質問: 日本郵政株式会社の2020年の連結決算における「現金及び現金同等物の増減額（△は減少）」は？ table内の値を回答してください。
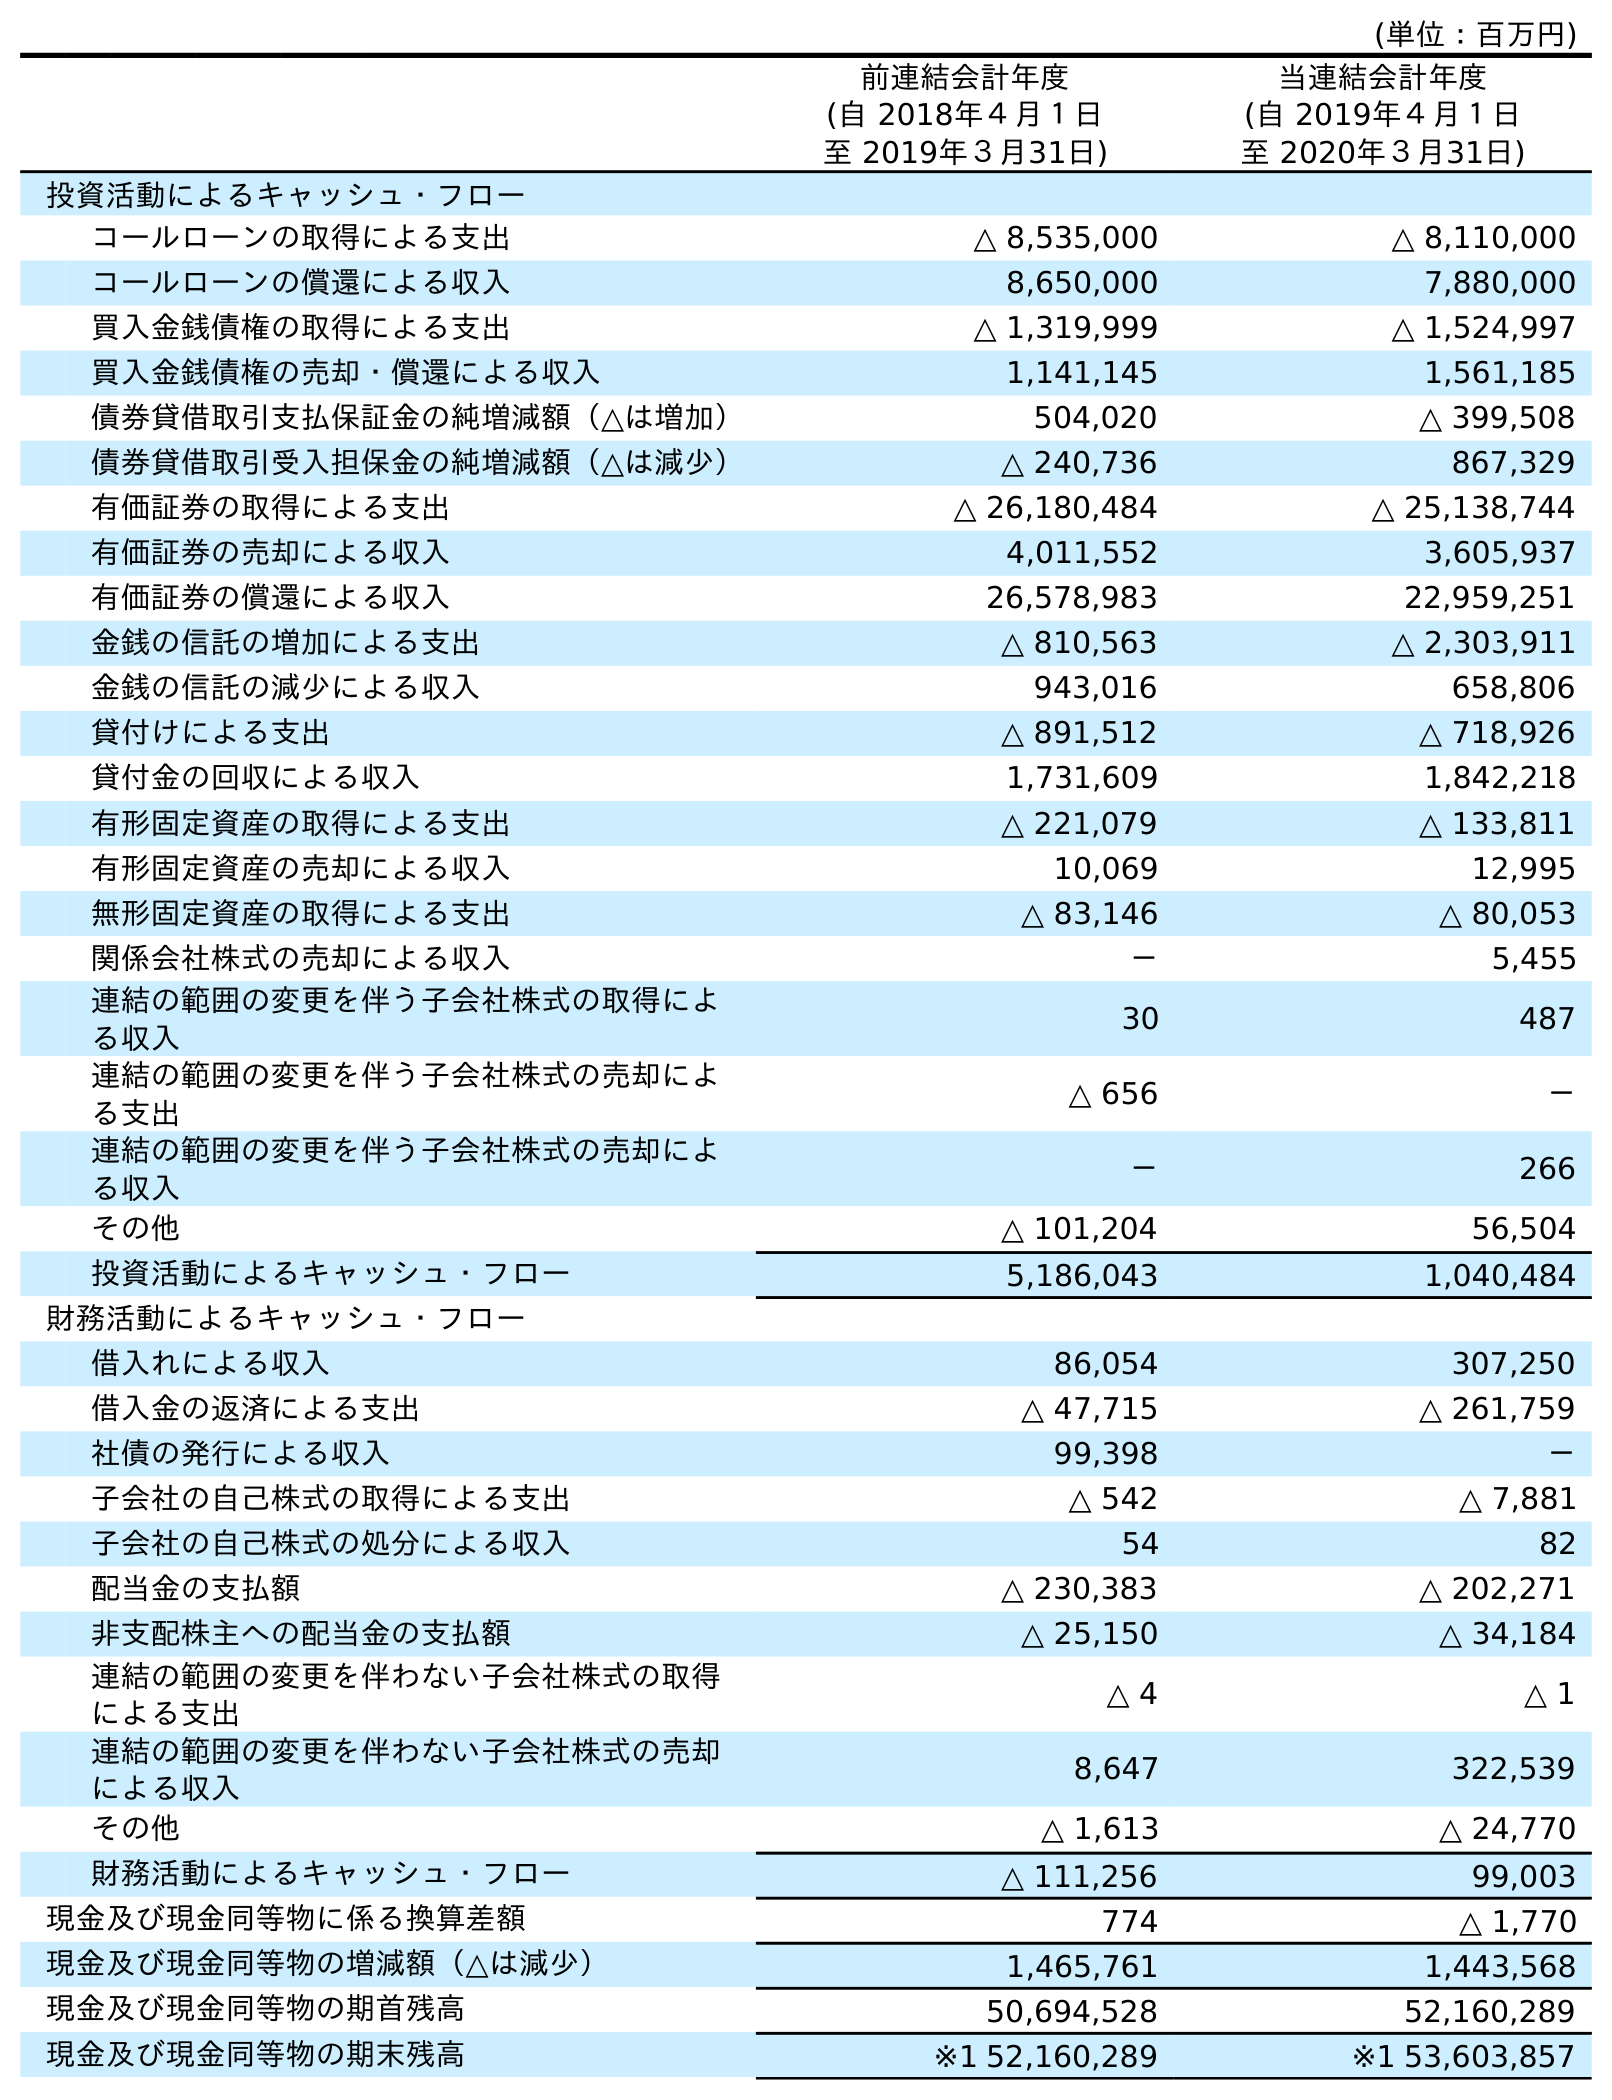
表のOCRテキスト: (単位：百万円) 前連結会計年度 (自 2018年４月１日 至 2019年３月31日) 当連結会計年度 (自 2019年４月１日 至 2020年３月31日) 投資活動によるキャッシュ・フロー コールローンの取得による支出 △ 8,535,000 △ 8,110,000 コールローンの償還による収入 8,650,000 7,880,000 買入金銭債権の取得による支出 △ 1,319,999 △ 1,524,997 買入金銭債権の売却・償還による収入 1,141,145 1,561,185 債券貸借取引支払保証金の純増減額（△は増加） 504,020 △ 399,508 債券貸借取引受入担保金の純増減額（△は減少） △ 240,736 867,329 有価証券の取得による支出 △ 26,180,484 △ 25,138,744 有価証券の売却による収入 4,011,552 3,605,937 有価証券の償還による収入 26,578,983 22,959,251 金銭の信託の増加による支出 △ 810,563 △ 2,303,911 金銭の信託の減少による収入 943,016 658,806 貸付けによる支出 △ 891,512 △ 718,926 貸付金の回収による収入 1,731,609 1,842,218 有形固定資産の取得による支出 △ 221,079 △ 133,811 有形固定資産の売却による収入 10,069 12,995 無形固定資産の取得による支出 △ 83,146 △ 80,053 関係会社株式の売却による収入 － 5,455 連結の範囲の変更を伴う子会社株式の取得によ る収入 30 487 連結の範囲の変更を伴う子会社株式の売却によ る支出 △ 656 － 連結の範囲の変更を伴う子会社株式の売却によ る収入 － 266 その他 △ 101,204 56,504 投資活動によるキャッシュ・フロー 5,186,043 1,040,484 財務活動によるキャッシュ・フロー 借入れによる収入 86,054 307,250 借入金の返済による支出 △ 47,715 △ 261,759 社債の発行による収入 99,398 － 子会社の自己株式の取得による支出 △ 542 △ 7,881 子会社の自己株式の処分による収入 54 82 配当金の支払額 △ 230,383 △ 202,271 非支配株主への配当金の支払額 △ 25,150 △ 34,184 連結の範囲の変更を伴わない子会社株式の取得 による支出 △ 4 △ 1 連結の範囲の変更を伴わない子会社株式の売却 による収入 8,647 322,539 その他 △ 1,613 △ 24,770 財務活動によるキャッシュ・フロー △ 111,256 99,003 現金及び現金同等物に係る換算差額 774 △ 1,770 現金及び現金同等物の増減額（△は減少） 1,465,761 1,443,568 現金及び現金同等物の期首残高 50,694,528 52,160,289 現金及び現金同等物の期末残高 ※1 52,160,289 ※1 53,603,857
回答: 1,443,568